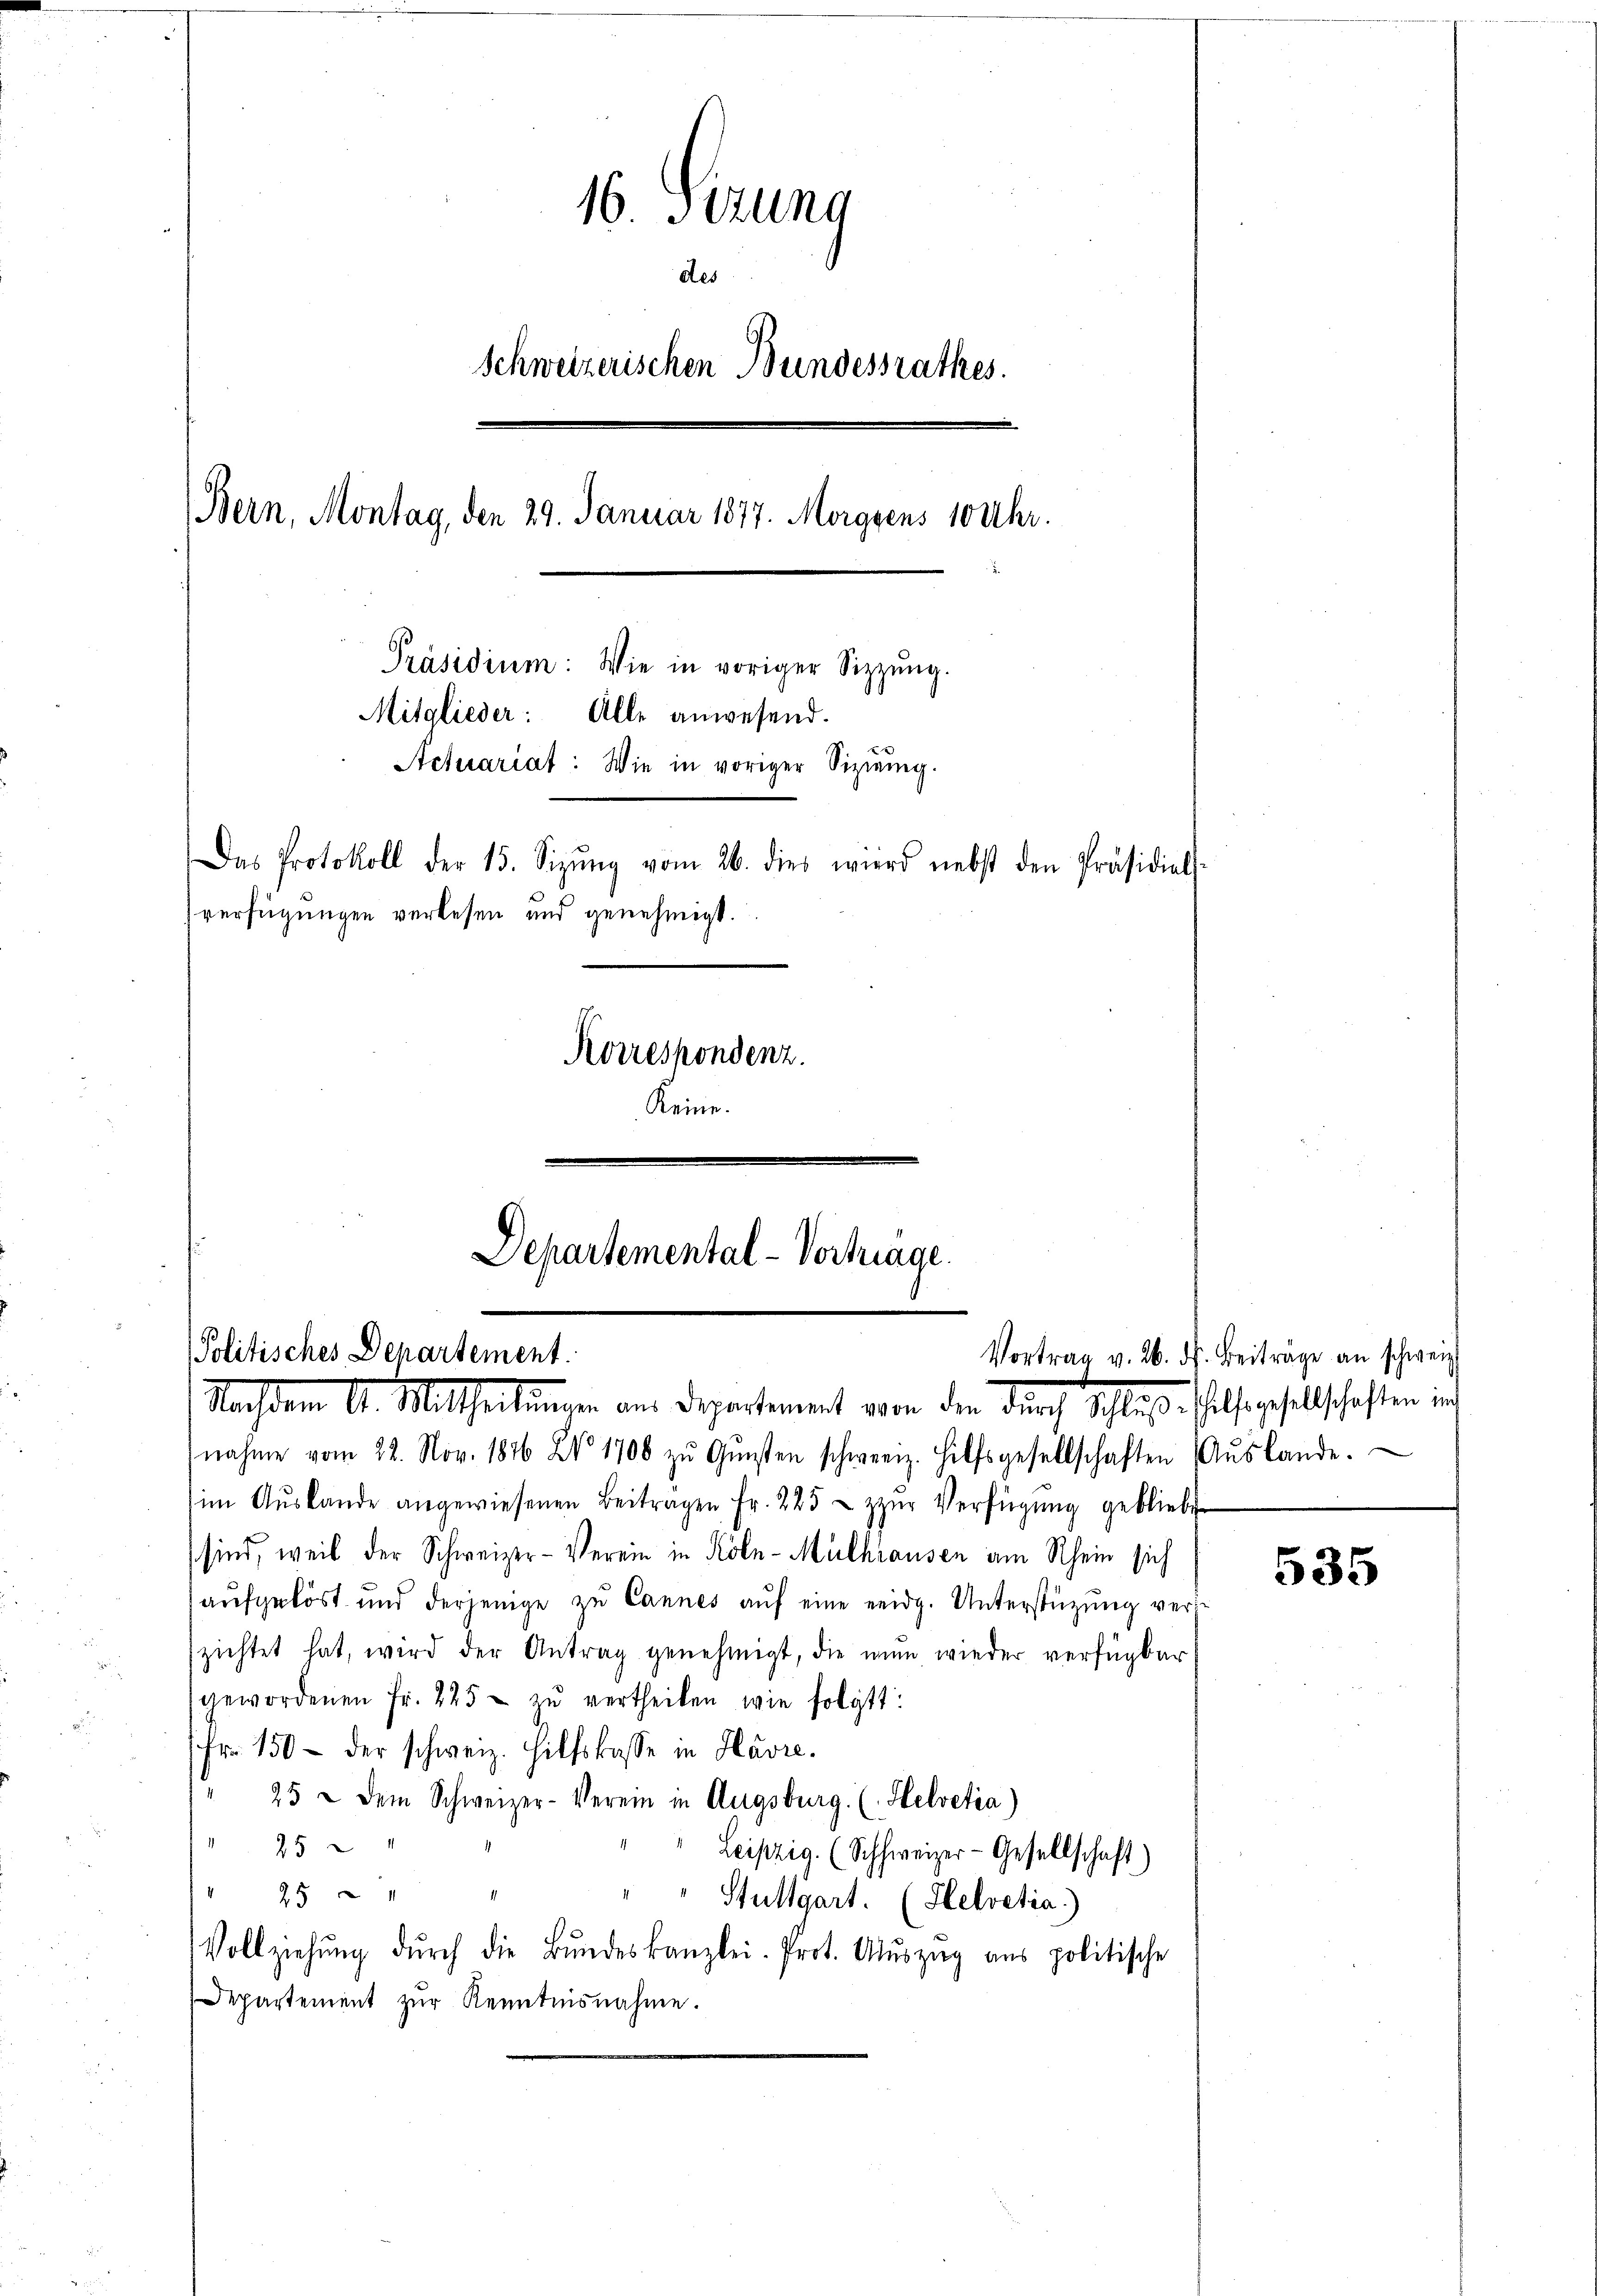
16. Setung
des
Schweizerischen Bundessrathes.
Bern, Montag, den 29. Januar 1877. Morgens 10 Uhr.
Präsidium: Wie in voriger Sitzŭng.
Mitglieder: Alle anwesend.
Actuariat: Wie in voriger Siziŭmg.
Das Protokoll der 15. Sizŭng vom 26. dies wird nebst den Präsidials-
verfügungen verlesen und genehmigt.
Korrespondenz.
Keine.

Departemental-Vortrage.
Politisches Departement.
Nachdem A. Mittheilungen aus Departement von der durch Schluß als geselschaften ich

nahme vom 22. Nov. 1876 XV 1706 zŭ Gŭnsten schweiz. Hilfsgesellschaften Aŭslande.
im Aŭslande angewiesenen Beitragen fr. 225 u zŭr Verfügung gebliebt
sind, weil der Schweizer-Verein in Köln-Mülhausen am Rhein sich
aufgelöst und derjenige zŭ Cannes aŭf eine eidg. Unterstützŭng verzichtet hat, wird der Antrag genehmigt, die nun wieder verfügbar
gewordenen Fr. 225 zŭ vertheilen wie folgt:
Fr. 150 - der schweiz. Hilfskasse in Havre.
25 u dem Schweizer-Verein in Augsburg. (Helvetia)
25
Leipzig. (Schweizer-Gesellschaft)
25
Stuttgart. (Helvetia.
Vollziehŭng dŭrch die Bŭndeskanzlei. Prot. Aŭszŭg ans politische
Departement zŭr Kenntnisnahme.

Vortrag v. 26. d. Beiträge an schweiz.

535